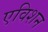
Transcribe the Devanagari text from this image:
एविशन